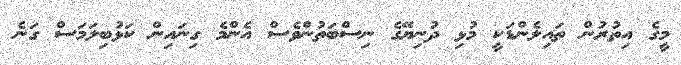
މީގެ އިތުރުން ތައިލެންޑަކީ މުޅި ދުނިޔޭގެ ނިސްބަތުންވެސް އެންމެ ގިނައިން ކަޅުބިލަމަސް ގަނެ